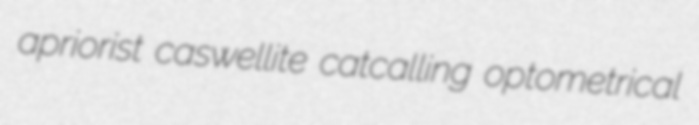
apriorist caswellite catcalling optometrical